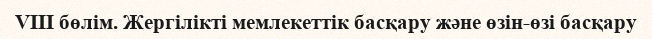
VIII бөлім. Жергілікті мемлекеттік басқару және өзін-өзі басқару